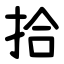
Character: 拾